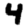
Digit: 4